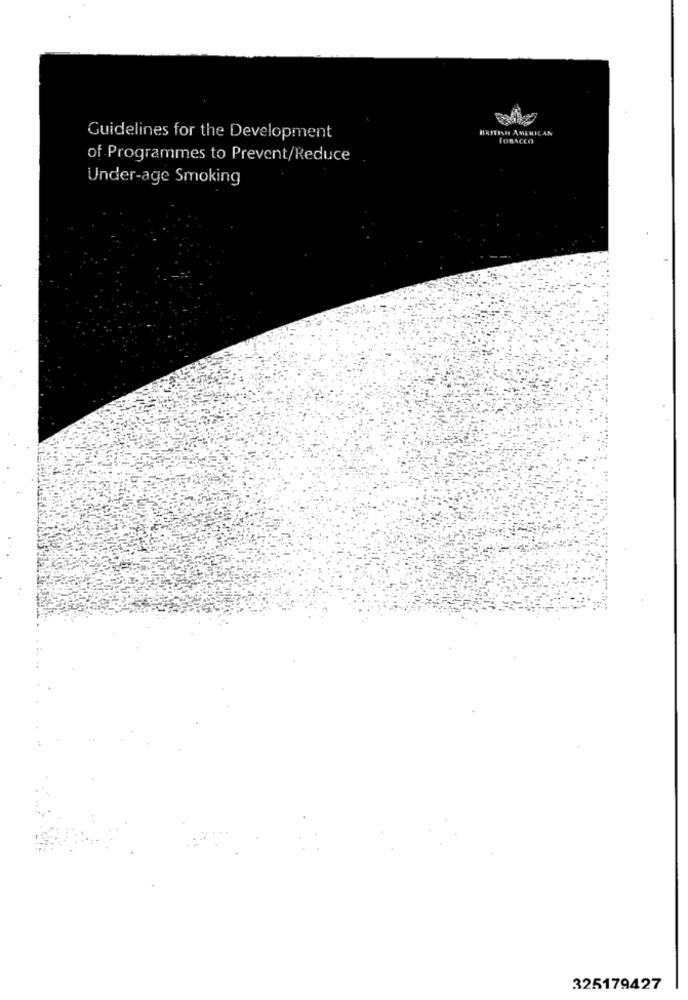
BRITISH AMERICAN
Guidelines for the Development
TOBACCO
of Programmes to Prevent/Reduce
Under-age Smoking
325179427